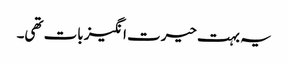
یہ بہت حیرت انگیز بات تھی۔